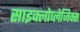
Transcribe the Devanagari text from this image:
साइक्लोप्लेजिक्स